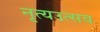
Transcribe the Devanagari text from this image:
नृत्यउत्सव